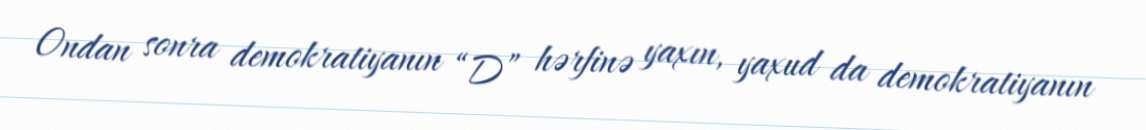
Ondan sonra demokratiyanın “D” hərfinə yaxın, yaxud da demokratiyanın